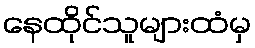
နေထိုင်သူများထံမှ